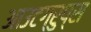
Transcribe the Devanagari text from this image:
आउटग्रुप्स